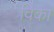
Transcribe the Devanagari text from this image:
विका